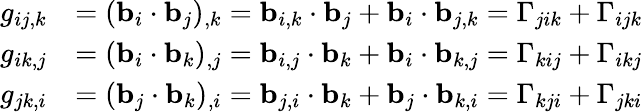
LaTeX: {\begin{array}{rl}{g_{ij,k}}&{=(\mathbf{b}_{i}\cdot\mathbf{b}_{j})_{,k}=\mathbf{b}_{i,k}\cdot\mathbf{b}_{j}+\mathbf{b}_{i}\cdot\mathbf{b}_{j,k}=\Gamma_{jik}+\Gamma_{ijk}}\\ {g_{ik,j}}&{=(\mathbf{b}_{i}\cdot\mathbf{b}_{k})_{,j}=\mathbf{b}_{i,j}\cdot\mathbf{b}_{k}+\mathbf{b}_{i}\cdot\mathbf{b}_{k,j}=\Gamma_{kij}+\Gamma_{ikj}}\\ {g_{jk,i}}&{=(\mathbf{b}_{j}\cdot\mathbf{b}_{k})_{,i}=\mathbf{b}_{j,i}\cdot\mathbf{b}_{k}+\mathbf{b}_{j}\cdot\mathbf{b}_{k,i}=\Gamma_{kji}+\Gamma_{jki}}\end{array}}